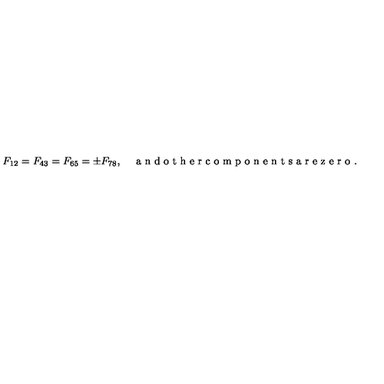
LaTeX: F _ { 1 2 } = F _ { 4 3 } = F _ { 6 5 } = \pm F _ { 7 8 } , \quad \textrm { a n d o t h e r c o m p o n e n t s a r e z e r o } .